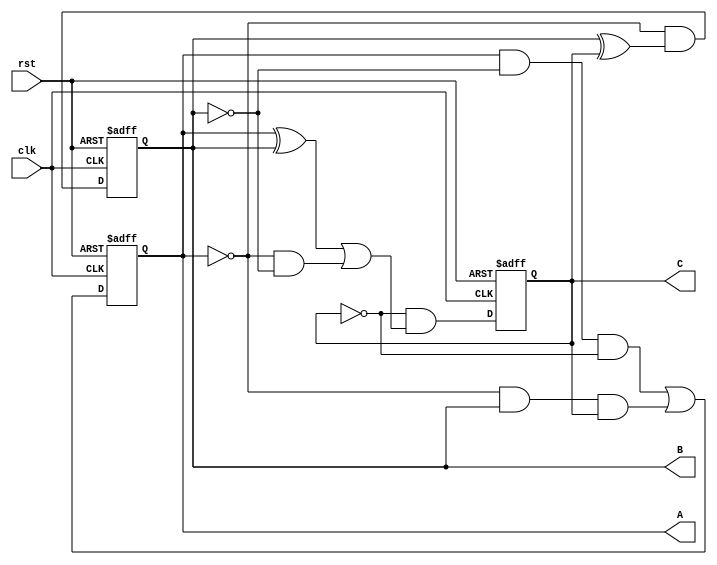
// Copyright (C) 2020  Intel Corporation. All rights reserved.
// Your use of Intel Corporation's design tools, logic functions 
// and other software and tools, and any partner logic 
// functions, and any output files from any of the foregoing 
// (including device programming or simulation files), and any 
// associated documentation or information are expressly subject 
// to the terms and conditions of the Intel Program License 
// Subscription Agreement, the Intel Quartus Prime License Agreement,
// the Intel FPGA IP License Agreement, or other applicable license
// agreement, including, without limitation, that your use is for
// the sole purpose of programming logic devices manufactured by
// Intel and sold by Intel or its authorized distributors.  Please
// refer to the applicable agreement for further details, at
// https://fpgasoftware.intel.com/eula.

// PROGRAM		"Quartus Prime"
// VERSION		"Version 20.1.1 Build 720 11/11/2020 SJ Lite Edition"
// CREATED		"Thu Dec 01 21:37:55 2022"

module count_6(
	clk,
	rst,
	A,
	B,
	C
);


input wire	clk;
input wire	rst;
output wire	A;
output wire	B;
output wire	C;

wire	SYNTHESIZED_WIRE_0;
wire	SYNTHESIZED_WIRE_1;
wire	SYNTHESIZED_WIRE_16;
wire	SYNTHESIZED_WIRE_17;
reg	SYNTHESIZED_WIRE_18;
reg	SYNTHESIZED_WIRE_19;
wire	SYNTHESIZED_WIRE_4;
reg	SYNTHESIZED_WIRE_20;
wire	SYNTHESIZED_WIRE_21;
wire	SYNTHESIZED_WIRE_7;
wire	SYNTHESIZED_WIRE_8;
wire	SYNTHESIZED_WIRE_10;
wire	SYNTHESIZED_WIRE_12;
wire	SYNTHESIZED_WIRE_13;
wire	SYNTHESIZED_WIRE_14;

assign	A = SYNTHESIZED_WIRE_18;
assign	B = SYNTHESIZED_WIRE_19;
assign	C = SYNTHESIZED_WIRE_20;




always@(posedge clk or negedge rst)
begin
if (!rst)
	begin
	SYNTHESIZED_WIRE_18 <= 0;
	end
else
	begin
	SYNTHESIZED_WIRE_18 <= SYNTHESIZED_WIRE_0;
	end
end


always@(posedge clk or negedge rst)
begin
if (!rst)
	begin
	SYNTHESIZED_WIRE_19 <= 0;
	end
else
	begin
	SYNTHESIZED_WIRE_19 <= SYNTHESIZED_WIRE_1;
	end
end

assign	SYNTHESIZED_WIRE_14 = SYNTHESIZED_WIRE_16 & SYNTHESIZED_WIRE_17;

assign	SYNTHESIZED_WIRE_13 = SYNTHESIZED_WIRE_18 ^ SYNTHESIZED_WIRE_19;


always@(posedge clk or negedge rst)
begin
if (!rst)
	begin
	SYNTHESIZED_WIRE_20 <= 0;
	end
else
	begin
	SYNTHESIZED_WIRE_20 <= SYNTHESIZED_WIRE_4;
	end
end

assign	SYNTHESIZED_WIRE_16 =  ~SYNTHESIZED_WIRE_18;

assign	SYNTHESIZED_WIRE_17 =  ~SYNTHESIZED_WIRE_19;

assign	SYNTHESIZED_WIRE_21 =  ~SYNTHESIZED_WIRE_20;

assign	SYNTHESIZED_WIRE_7 = SYNTHESIZED_WIRE_18 & SYNTHESIZED_WIRE_17 & SYNTHESIZED_WIRE_21;

assign	SYNTHESIZED_WIRE_0 = SYNTHESIZED_WIRE_7 | SYNTHESIZED_WIRE_8;

assign	SYNTHESIZED_WIRE_1 = SYNTHESIZED_WIRE_16 & SYNTHESIZED_WIRE_10;

assign	SYNTHESIZED_WIRE_10 = SYNTHESIZED_WIRE_19 ^ SYNTHESIZED_WIRE_20;

assign	SYNTHESIZED_WIRE_4 = SYNTHESIZED_WIRE_21 & SYNTHESIZED_WIRE_12;

assign	SYNTHESIZED_WIRE_12 = SYNTHESIZED_WIRE_13 | SYNTHESIZED_WIRE_14;

assign	SYNTHESIZED_WIRE_8 = SYNTHESIZED_WIRE_16 & SYNTHESIZED_WIRE_19 & SYNTHESIZED_WIRE_20;


endmodule